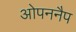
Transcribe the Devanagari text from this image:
ओपननैप